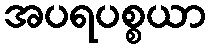
အပရပစ္စယာ